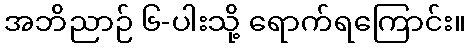
အဘိညာဉ် ၆-ပါးသို့ ရောက်ရကြောင်း။